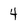
Character: 4